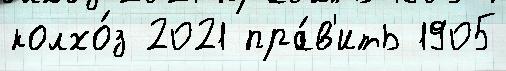
колхо́з 2021 пра́в'ить 1905